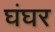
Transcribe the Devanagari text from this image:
घंघर